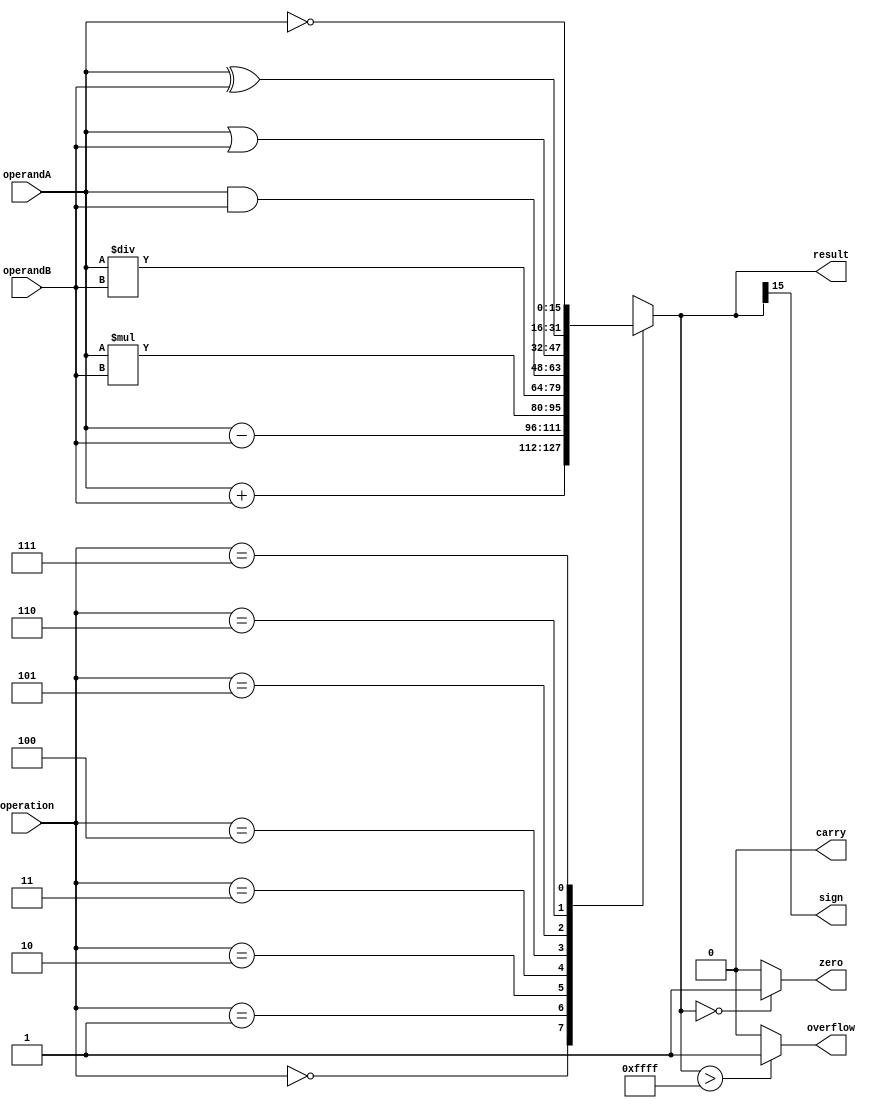
module ALU(input [15:0] operandA, operandB,
           input [2:0] operation,
           output [15:0] result,
           output overflow, carry, zero, sign);

   reg [15:0] result;
   reg overflow, carry, zero, sign;

   always @(*)
   begin
      case(operation)
         3'b000: 
            result = operandA + operandB; // Addition
         3'b001: 
            result = operandA - operandB; // Subtraction
         3'b010: 
            result = operandA * operandB; // Multiplication
         3'b011: 
            result = operandA / operandB; // Division
         3'b100: 
            result = operandA & operandB; // Bitwise AND
         3'b101: 
            result = operandA | operandB; // Bitwise OR
         3'b110: 
            result = operandA ^ operandB; // Bitwise XOR
         3'b111: 
            result = ~operandA; // Bitwise NOT
         default: result = 16'b0;
      endcase

      overflow = (result > 16'b1111111111111111) ? 1'b1 : 1'b0;
      carry = (result[16] == 1) ? 1'b1 : 1'b0;
      zero = (result == 16'b0) ? 1'b1 : 1'b0;
      sign = result[15];
   end
endmodule